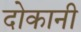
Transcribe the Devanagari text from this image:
दोकानी